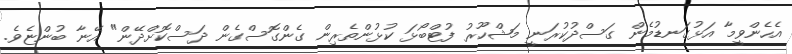
އެހެންވީމާ އަޅުގަނޑުމެން ގަސްދުކުރަނީ މަޝްހޫރު ފުޓްބޯޅަ ކުޅުންތެރިން ގެންގޮސްގެން ދަސްކޮށްދޭން" އޭނާ ބުންޏެވެ.